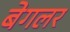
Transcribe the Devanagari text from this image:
बेगलर